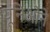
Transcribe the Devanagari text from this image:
यूनिओने